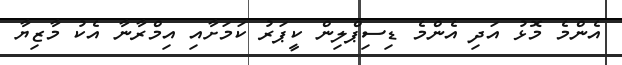
އެންމެ މޮޅު އަދި އެންމެ ޑިސިޕްލިން ކީޕަރު ކަމަށާއި އިމްރާނާ އެކު މާޒިޔާ